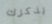
يذكرك